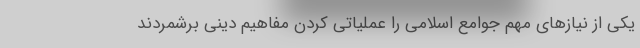
یکی از نیازهای مهم جوامع اسلامی را عملیاتی کردن مفاهیم دینی برشمردند